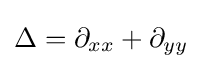
\Delta =\partial _{xx}+\partial _{yy}